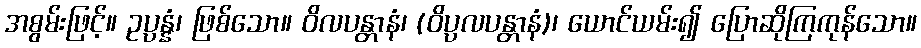
အစွမ်းဖြင့်။ ဥပ္ပန္နံ၊ ဖြစ်သော။ ဝိလပန္တာနံ၊ (ဝိပ္ပလပန္တာနံ)၊ ယောင်ယမ်း၍ ပြောဆိုကြကုန်သော။